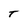
Character: T